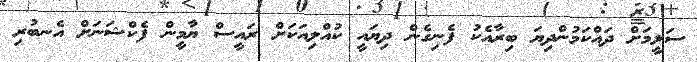
ސަލީމަށް ދައްކަމުންދިޔަ ބިރާއެކު ފެނިގެން ދިޔައީ ކުއްލިއަކަށް ރައީސް ޔާމީން ފެކްޝަނަށް އެނބުރި